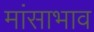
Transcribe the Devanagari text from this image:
मांसाभाव